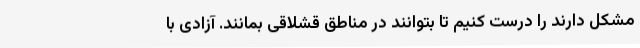
مشکل دارند را درست کنیم تا بتوانند در مناطق قشلاقی بمانند. آزادی با